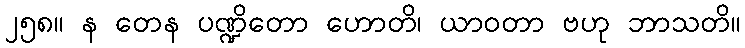
၂၅၈။ န တေန ပဏ္ဍိတော ဟောတိ၊ ယာဝတာ ဗဟု ဘာသတိ။